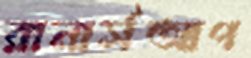
রানার্সআপ